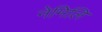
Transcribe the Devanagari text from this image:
नेमिलि